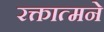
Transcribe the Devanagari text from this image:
रक्तात्मने